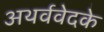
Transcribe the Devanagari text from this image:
अथर्ववेदके